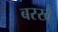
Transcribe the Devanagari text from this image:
बरखै